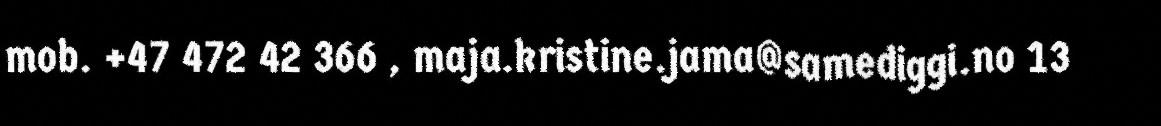
mob. +47 472 42 366 , maja.kristine.jama@samediggi.no 13